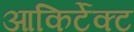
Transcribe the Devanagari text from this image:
आकिर्टेक्ट